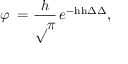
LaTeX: \varphi { \mathit { \Delta } } = { \frac { h } { \surd \pi } } \, e ^ { - \mathrm { h h } \Delta \Delta } ,